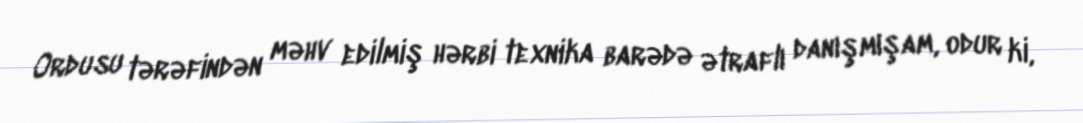
Ordusu tərəfindən məhv edilmiş hərbi texnika barədə ətraflı danışmışam, odur ki,